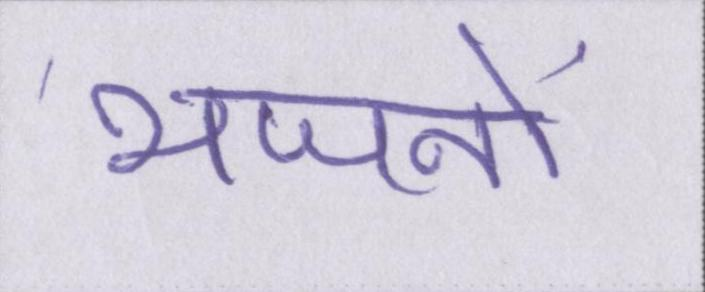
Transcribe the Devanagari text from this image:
भजनों